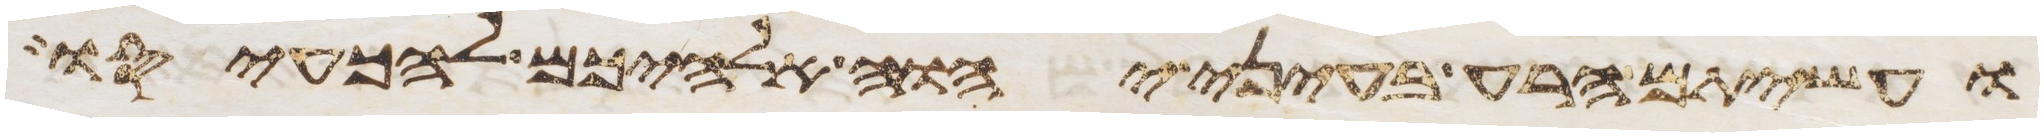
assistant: ועשיתם הרע בעיני יהוה אלהיכם להכעיסו